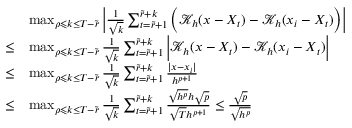
\begin{array} { r l } & { \operatorname* { m a x } _ { \rho \leqslant k \leq T - \widetilde { r } } \Big | \frac { 1 } { \sqrt { k } } \sum _ { t = \widetilde { r } + 1 } ^ { \widetilde { r } + k } \Big ( \mathcal { K } _ { h } ( x - X _ { t } ) - \mathcal { K } _ { h } ( x _ { i } - X _ { t } ) \Big ) \Big | } \\ { \le } & { \operatorname* { m a x } _ { \rho \leqslant k \leq T - \widetilde { r } } \frac { 1 } { \sqrt { k } } \sum _ { t = \widetilde { r } + 1 } ^ { \widetilde { r } + k } \Big | \mathcal { K } _ { h } ( x - X _ { t } ) - \mathcal { K } _ { h } ( x _ { i } - X _ { t } ) \Big | } \\ { \le } & { \operatorname* { m a x } _ { \rho \leqslant k \leq T - \widetilde { r } } \frac { 1 } { \sqrt { k } } \sum _ { t = \widetilde { r } + 1 } ^ { \widetilde { r } + k } \frac { \vert x - x _ { i } \vert } { h ^ { p + 1 } } } \\ { \le } & { \operatorname* { m a x } _ { \rho \leqslant k \leq T - \widetilde { r } } \frac { 1 } { \sqrt { k } } \sum _ { t = \widetilde { r } + 1 } ^ { \widetilde { r } + k } \frac { \sqrt { h ^ { p } } h \sqrt { p } } { \sqrt { T } h ^ { p + 1 } } \le \frac { \sqrt { p } } { \sqrt { h ^ { p } } } } \end{array}